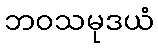
ဘဝသမုဒယံ